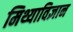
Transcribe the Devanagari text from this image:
मिथ्याविज्ञान